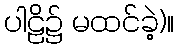
ပါဠိ၌ မထင်ခဲ့)။